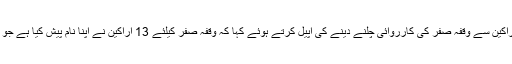
ڈپٹی چیئرمین پی جے کوریئن نے اراکین سے وقفہ صفر کی کارروائی چلنے دینے کی اپیل کرتے ہوئے کہا کہ وقفہ صفر کیلئے 13 اراکین نے اپنا نام پیش کیا ہے جو اہم معاملوں پر بات کرنا چاہتے ہیں۔